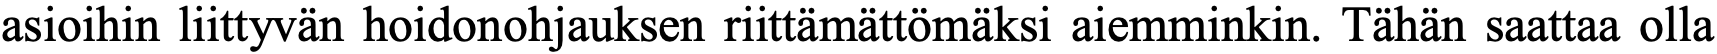
asioihin liittyvän hoidonohjauksen riittämättömäksi aiemminkin. Tähän saattaa olla